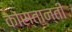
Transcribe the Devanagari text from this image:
कोंस्तान्तीं